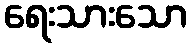
ရေးသားသော